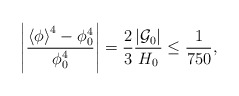
\begin{align*}\left|\frac{\left<\phi\right>^4-\phi_0^4}{\phi_0^4} \right| = {2\over 3}{\left|{\cal G}_0\right| \over H_0} \leq {1\over 750},\end{align*}